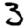
Digit: 3